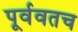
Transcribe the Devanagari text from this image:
पूर्ववतच